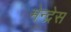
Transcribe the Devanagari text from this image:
मेन्द्रेस